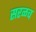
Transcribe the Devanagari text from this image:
सरळच